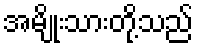
အမျိုးသားတို့သည်